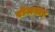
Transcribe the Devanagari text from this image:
रोजग़ार